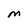
Character: M